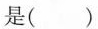
是（ ）